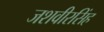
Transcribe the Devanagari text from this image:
जशवीरसिंह